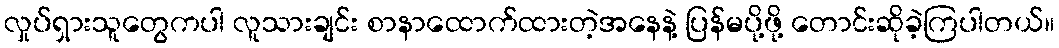
လှုပ်ရှားသူတွေကပါ လူသားချင်း စာနာထောက်ထားတဲ့အနေနဲ့ ပြန်မပို့ဖို့ တောင်းဆိုခဲ့ကြပါတယ်။